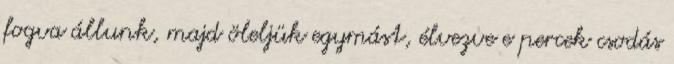
fogva állunk, majd öleljük egymást, élvezve e percek csodás